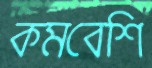
কমবেশি